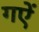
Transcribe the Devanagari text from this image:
गऐं